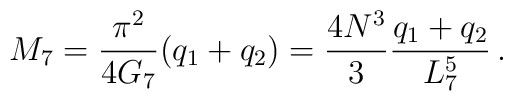
M_7=\frac{\pi^2}{4G_7}(q_1+q_2)=\frac{4N^{3}}{3}\frac{q_1+q_2}{L_7^5}\, .